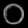
Digit: ၀